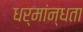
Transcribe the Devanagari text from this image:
धर्मांन्धता